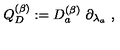
Q _ { D } ^ { ( \beta ) } : = D _ { a } ^ { ( \beta ) } \ \partial _ { \lambda _ { a } } \ ,